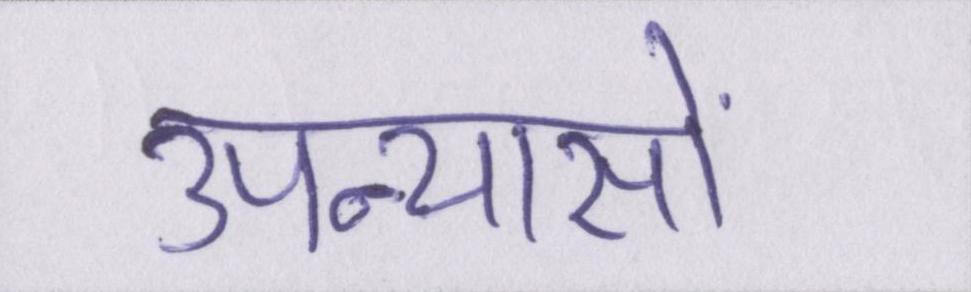
उपन्यासों